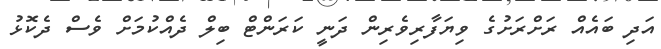
އަދި ބައެއް ރަށްރަށުގެ ވިޔަފާރިވެރިން ދަނީ ކަރަންޓް ބިލް ދެއްކުމަށް ވެސް ދެކޮޅު